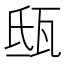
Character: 𤬵